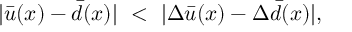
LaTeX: | \bar { u } ( x ) - \bar { d } ( x ) | \ < \ | \Delta \bar { u } ( x ) - \Delta \bar { d } ( x ) | ,